Medical and sanitary report of the native army of Bengal for the year
Year: 1877
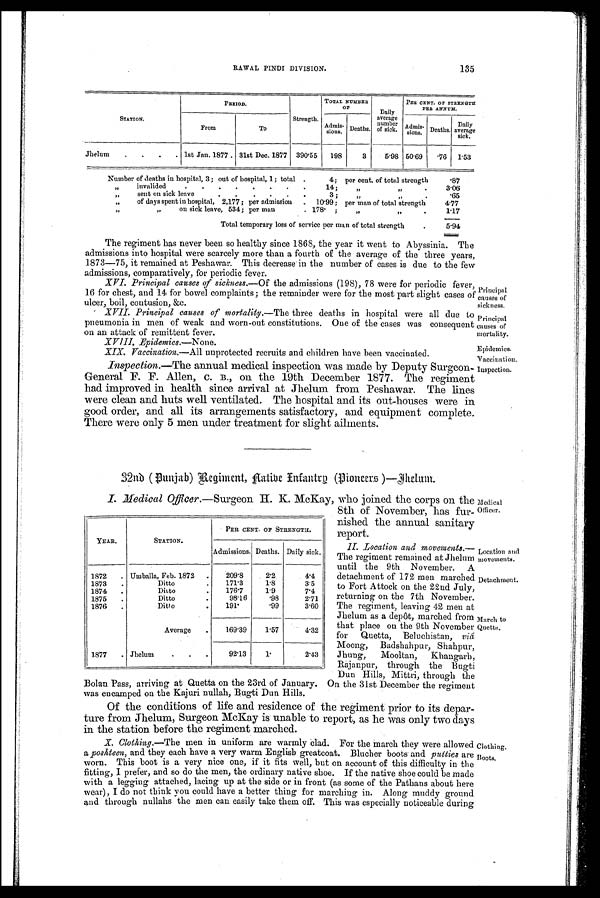
135
RAWAL PINDI DIVISION.
STATION.
PERIOD.
Strength.
TOTAL NUMBER
OR
Daily
average
number
of sick.
PER CENT. OP STRENGTH
PER ANNUM.
From
To
Admis-
sions. Deaths.
Admis-
sion. Deaths.
Daily
average
sick.
Jhelum
.
.
.
. 1st Jan. 1877
31st Dec. 1877 390.55
198
3
5.98 50.69
.76
1.53
Number of deaths in hospital, 3 ; out of hospital, 1; total .
4; per cent. of total strength
.87
„
invalided
.
.
.
.
.
.
.
.
14 ;
,, ,,
.
3.06
„
sent on sick leave
.
.
.
.
. .
3;
,, ,,
.
.65
„
of days spent in hospital, 2,177 ; per admission
.
10.99 ; per man of total strength
4 . 7 7
,,
„
on sick leave, 534; per man
. 178.;
„
„
.
1.17
Total temporary loss of service per man of total strength
.
5.94
The regiment has never been so healthy since 1868, the year it went to Abyssinia. The
admissions into hospital were scarcely more than a fourth of the average of the three years,
1873—75, it remained at Peshawar. This decrease in the number of cases is due to the few
admissions, comparatively, for periodic fever.
XVI. Principal causes of sickness.— Of the admissions (198), 78 were for periodic fever,
16 for chest, and 14 for bowel complaints; the remainder were for the most part slight cases of
ulcer, boil, contusion, &c.
XVII. Principal causes of mortality.— The three deaths in hospital were all due to
pneumonia in men of weak and worn-out constitutions. One of the cases was consequent
on an attack of remittent fever.
XVIII. Epidemics.—None.
XIX. Vaccination.—All unprotected recruits and children have been vaccinated.
Inspection.—The annual medical inspection was made by Deputy Surgeon
GeneralF. F. Allen, c. B., on the 19th December 1877. The regiment
had improved in health since arrival at Jhelum from Peshawar. The lines
were clean and huts well ventilated. The hospital and its out-houses were in
good order, and all its arrangements satisfactory, and equipment complete.
There were only 5 men under treatment for slight ailments.
Principal
causes of
sickness.
Principal
causes of
mortality.
Epidemics.
Vaccination.
Inspection.
32nd (Punjab) Regiment, Aatibe (Pioneers)—Thelum.
I. Medical Officer.—Surgeon U. K. McKay, who joined the corps on the
8th of November, has fur-
nished the annual sanitary
report.
II. Location and movements.—
The regiment remained at Jhelum
until the 9th November. A
detachment of 172 men marched
to Fort Attock on the 22nd July,
returning on the 7th November.
The regiment, leaving 42 men at
Jhelum as a depât, marched from
that place on the 9th November
for Quetta, Beluchistan, u i â
Moong, Bad shahpur, Shahpur,
Jhung, Mooltan, Khangarh,
Raj a npur, through the Bugti
Dun Hills, Mittri, through the
Bolan Pass, arriving at Quetta on the 23rd of January. On the 31st December the regiment
was encamped on the Kajuri nullah, Bugti Dun Hills.
Of the conditions of life and residence of the regiment prior to its depar-
ture from Jhelum, Surgeon McKay is unable to report, as he was only two days
in the station before the regiment marched.
Clothing.—The men in uniform are warmly clad. For the march they were allowed
a poshteen, and they each have a very warm English greatcoat. Blucher boots and putties are
worn. This boot is a very nice one, if it fits well, but on account of this difficulty in the
fitting, I prefer, and so do the men, the ordinary native shoe. If the native shoe could be made
with a legging attached, lacing up at the side or in front (as some of the Pathans about here
wear), I do not think you could have a better thing for marching in. Along muddy ground
and through nullahs the men can easily take them off. This was especially noticeable during
YEAR.
STATION.
PER CENT. OF STRENGTH.
Admissions. Deaths. Daily sick.
1872
. Umballa, Feb. 1872
.
209.8
2.2
4.4
1873
.
Ditto
.
171.3
1.8
3.5
1874
.
Ditto
.
176.7
1.9
7.4
1875
.
Ditto
98.16
. 9 8
2.71
1876
.
Ditto
.
191.
. 9 9
3.60
Average
.
169.39
1.57
4.32
1877
. Jhelum
.
.
.
92.13
1.
2.43
'Medical
officer.
Location and
movements.
Detachment.
March to
Quetta.
Clothing.
Boots,